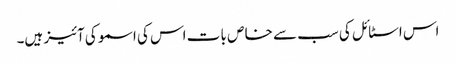
اس اسٹا ئل کی سب سے خا ص با ت اس کی اسمو کی آئیز ہیں۔